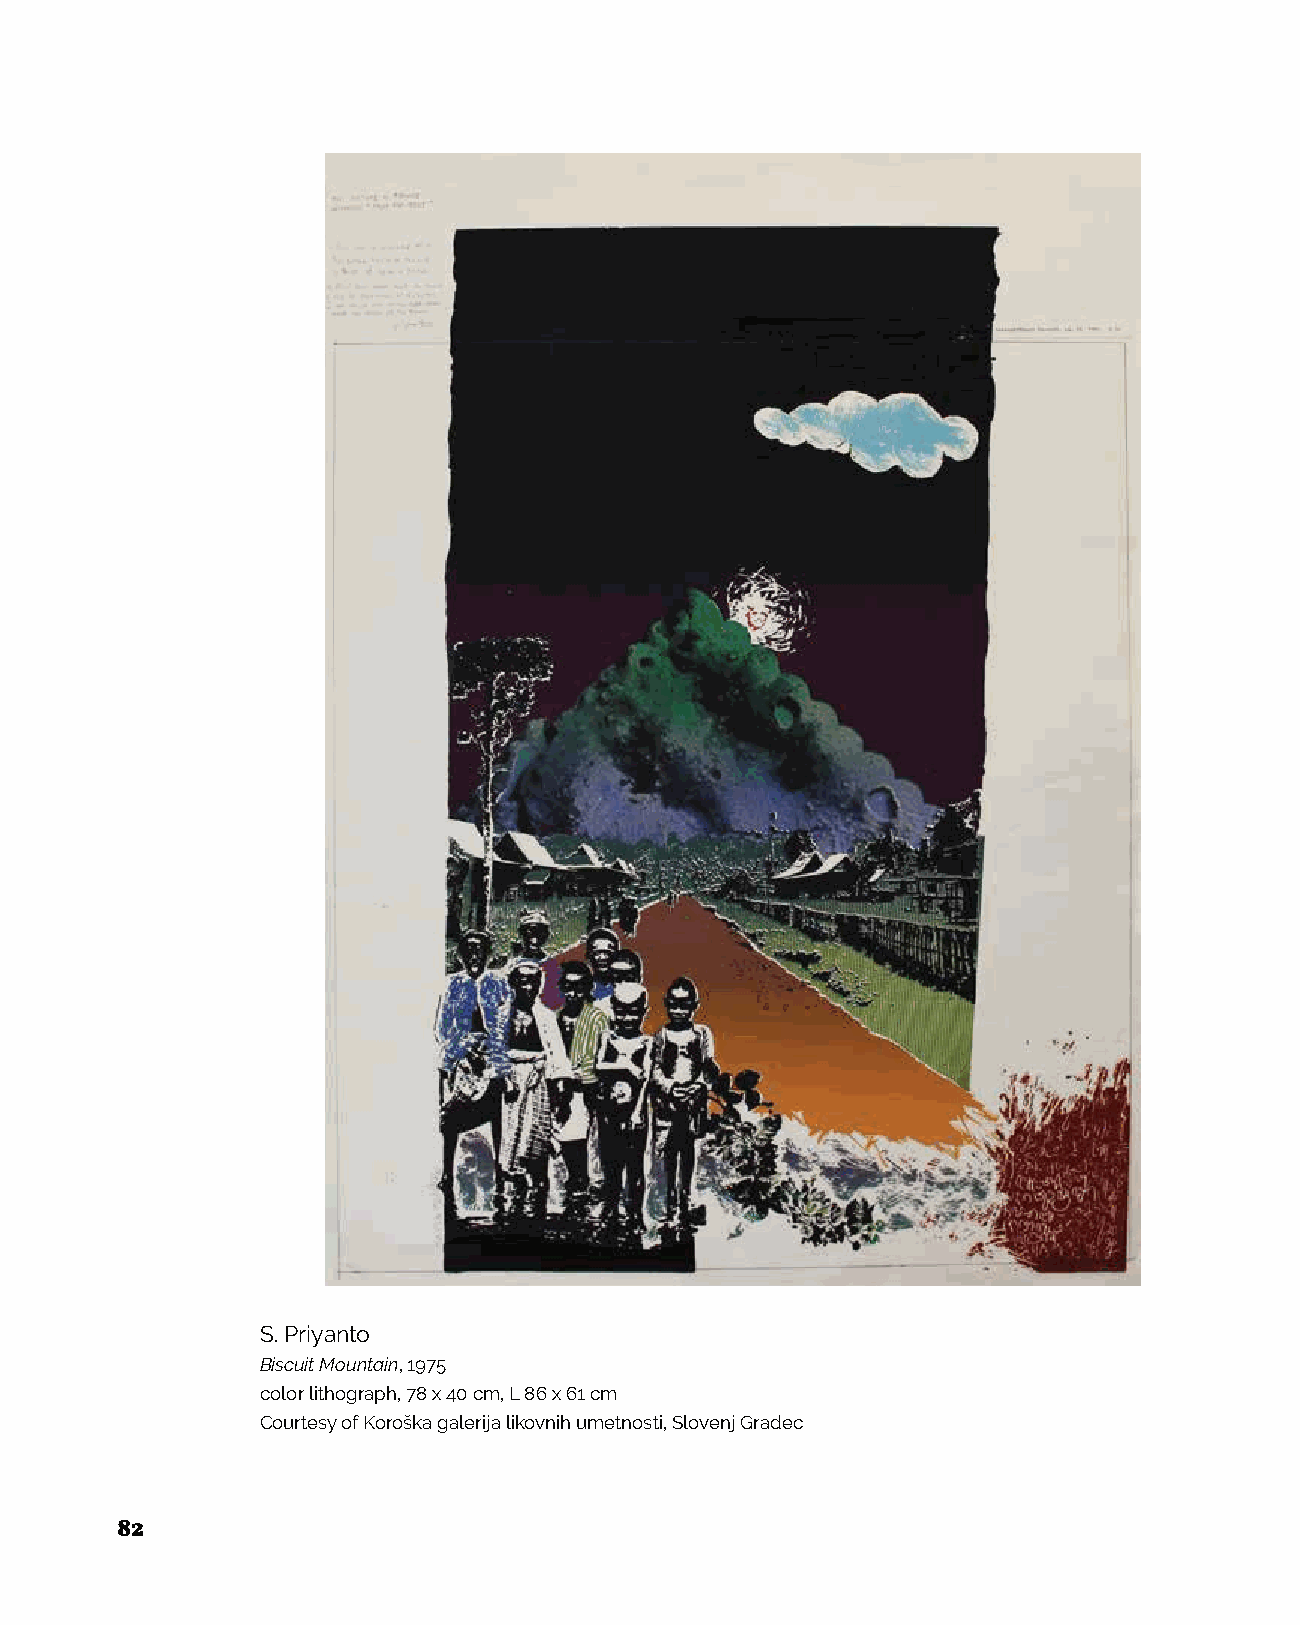
S. Priyanto
 Biscuit Mountain, 1975
 color lithograph, 78 x 40 cm, L 86 x 61 cm
 Courtesy of Koroška galerija likovnih umetnosti, Slovenj Gradec
 82